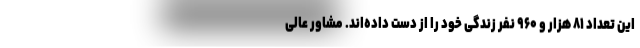
این تعداد ۸۱ هزار و ۹۶۰ نفر زندگی خود را از دست داده‌اند. مشاور عالی